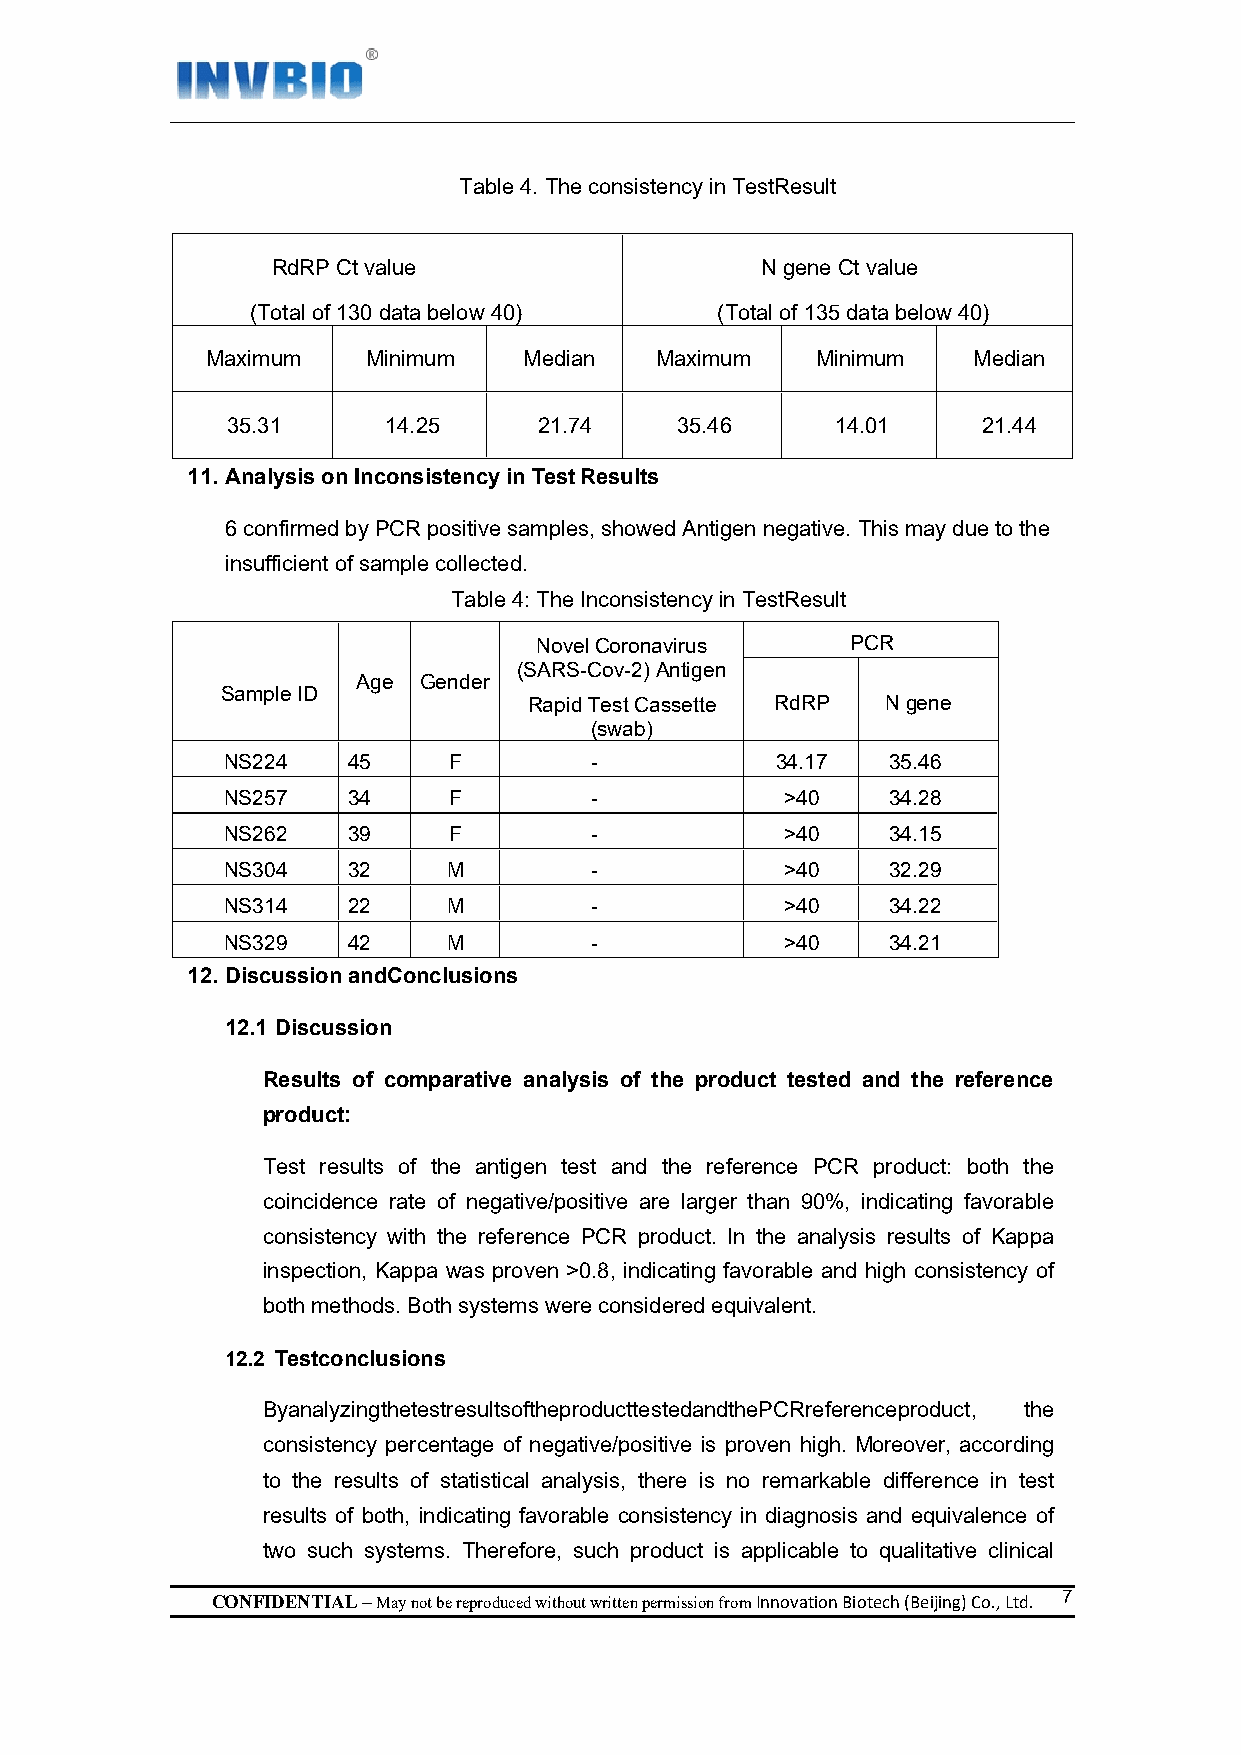
Table 4. The consistency in TestResult
 RdRP Ct value                   N gene Ct value
 (Total of 130 data below 40)  (Total of 135 data below 40)
 Maximum   Minimum    Median  Maximum    Minimum   Median
 35.31     14.25      21.74    35.46     14.01     21.44
 11. Analysis on Inconsistency in Test Results
 6 confirmed by PCR positive samples, showed Antigen negative. This may due to the
 insufficient of sample collected.
 Table 4: The Inconsistency in TestResult
 Novel Coronavirus    PCR
 (SARS-Cov-2) Antigen
 Age Gender
 Sample ID
 Rapid Test Cassette RdRP N gene
 (swab)
 NS224   45     F        -           34.17   35.46
 NS257   34     F        -            >40    34.28
 NS262   39     F        -            >40    34.15
 NS304   32     M        -            >40    32.29
 NS314   22     M        -            >40    34.22
 NS329   42     M        -            >40    34.21
 12. Discussion andConclusions
 12.1 Discussion
 Results of comparative analysis of the product tested and the reference
 product:
 Test results of the antigen test and the reference PCR product: both the
 coincidence rate of negative/positive are larger than 90%, indicating favorable
 consistency with the reference PCR product. In the analysis results of Kappa
 inspection, Kappa was proven >0.8, indicating favorable and high consistency of
 both methods. Both systems were considered equivalent.
 12.2 Testconclusions
 ByanalyzingthetestresultsoftheproducttestedandthePCRreferenceproduct, the
 consistency percentage of negative/positive is proven high. Moreover, according
 to the results of statistical analysis, there is no remarkable difference in test
 results of both, indicating favorable consistency in diagnosis and equivalence of
 two such systems. Therefore, such product is applicable to qualitative clinical
 CONFIDENTIAL – May not be reproduced without written permission from Innovation Biotech (Beijing) Co., Ltd. 7